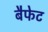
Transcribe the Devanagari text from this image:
बैफेट